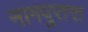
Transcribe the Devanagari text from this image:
नागपुरात्त